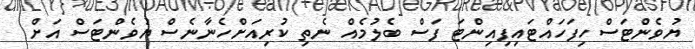
ޔުވެންޓަސް ހިފަހައްޓައިފިއިންޓަ ފަސް ބެލުމެއް ނެތި ކުރިއަށްހެނާނެސް ޔުވެންޓަސް އަށް